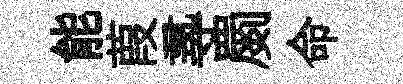
能葭𡬶罽命